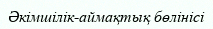
Әкімшілік-аймақтық бөлінісі